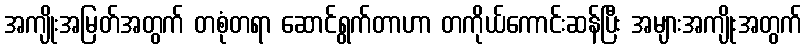
အကျိုးအမြတ်အတွက် တစုံတရာ ဆောင်ရွက်တာဟာ တကိုယ်ကောင်းဆန်ပြီး အများအကျိုးအတွက်